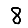
Digit: 8